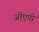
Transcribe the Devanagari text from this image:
जीएपी